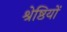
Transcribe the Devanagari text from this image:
श्रेष्ठियों